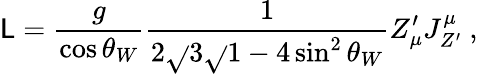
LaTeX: {\cal\mathsf{L}}={\frac{{g}}{{\cos\theta_{W}}}}{\frac{{1}}{{2\sqrt{}{{3}}\sqrt{}{{1-4\sin^{2}\theta_{W}}}}}}Z_{\mu}^{\prime}J_{Z^{\prime}}^{\mu}\ ,